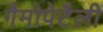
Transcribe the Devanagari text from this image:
गैमोपेटैली